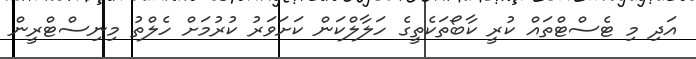
އަދި މި ޓެސްޓްތައް ކުރީ ކާބޯތަކެތީގެ ހަލާލްކަން ކަށަވަރު ކުރުމަށް ހެލްތު މިނިސްޓްރީން